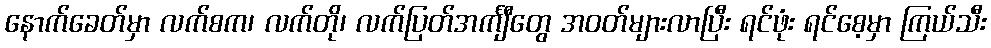
နောက်ခေတ်မှာ လက်စက၊ လက်တို၊ လက်ပြတ်အင်္ကျီတွေ အဝတ်များလာပြီး ရင်ဖုံး ရင်စေ့မှာ ကြယ်သီး